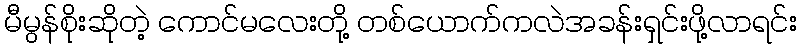
မီမွန်စိုးဆိုတဲ့ ကောင်မလေးတို့ တစ်ယောက်ကလဲအခန်းရှင်းဖို့လာရင်း